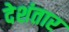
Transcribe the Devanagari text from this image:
देशंतार